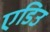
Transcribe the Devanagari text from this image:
एडिउ